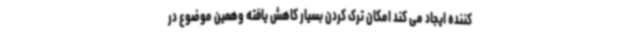
کننده ایجاد می کند امکان ترک کردن بسیار کاهش یافته وهمین موضوع در